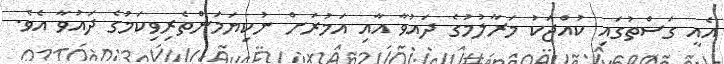
އެއީ ގަސްތުގައި ކުއްޖަކު މަރާލުމުގެ ދައުވާ އާއި އަމުރަށް ނުކިޔަމަންތެރިވިކަމުގެ ދައުވާ އެވެ.